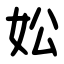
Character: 妐